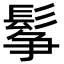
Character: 鬇